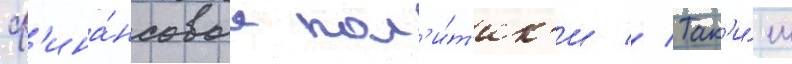
ф'ина́нсовые пол'и́т'ик'и // Так'и́м